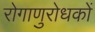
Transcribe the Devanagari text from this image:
रोगाणुरोधकों